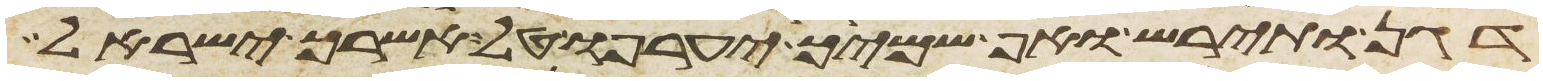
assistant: דגן ותירש ואף שמיך יערפו טל אשרך ישראל